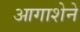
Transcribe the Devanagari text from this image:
आगाशेने